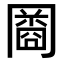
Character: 𠕬